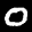
Label: 0